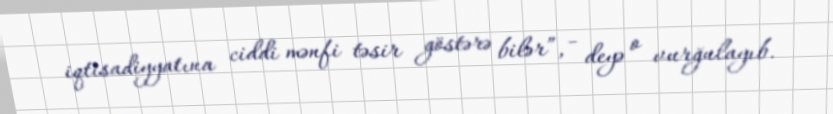
iqtisadiyyatına ciddi mənfi təsir göstərə bilər”, - deyə o vurğulayıb.